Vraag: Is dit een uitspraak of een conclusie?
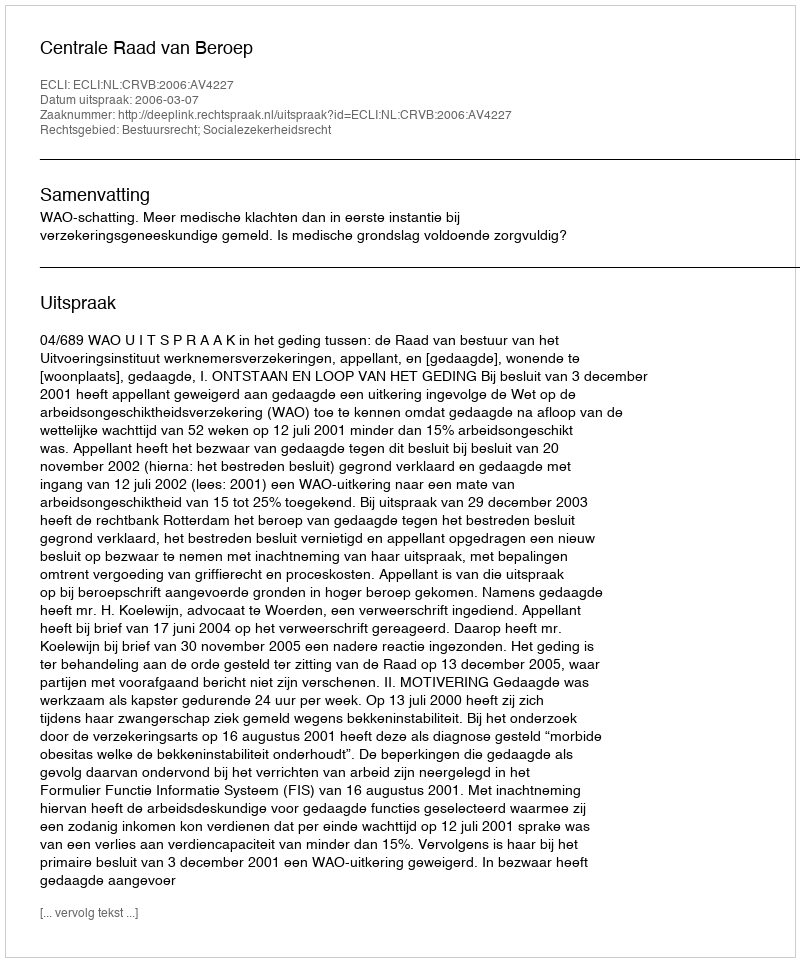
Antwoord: Uitspraak